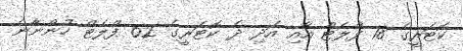
ކޮޓަރީގެ 18 ފްލެޓް އާއި އަދި ދެ ކޮޓަރީގެ 62 ފްލެޓް ހުންނާނެ